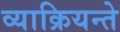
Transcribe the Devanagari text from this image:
व्याक्रियन्ते